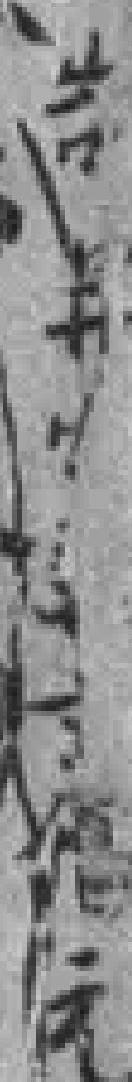
告*